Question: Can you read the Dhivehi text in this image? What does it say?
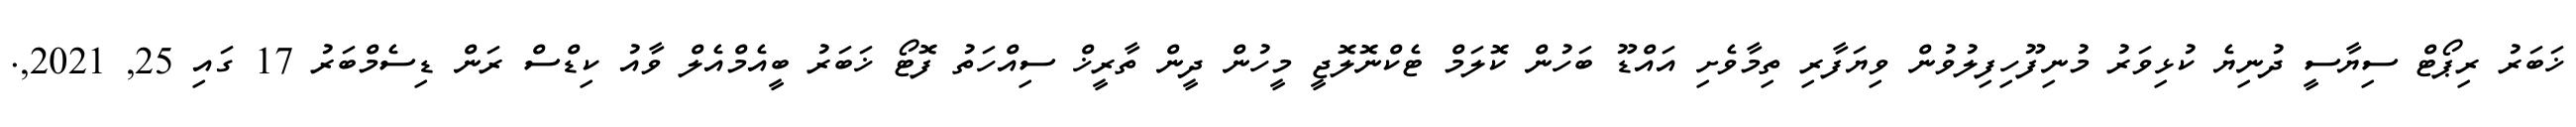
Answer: ޚަބަރު ރިޕޯޓް ސިޔާސީ ދުނިޔެ ކުޅިވަރު މުނިފޫހިފިލުވުން ވިޔަފާރި ތިމާވެށި އައްޑޫ ބަހުން ކޮލަމް ޓެކްނޮލޮޖީ މީހުން ދީން ތާރީޚް ސިއްހަތު ފޮޓޯ ޚަބަރު ބީއެމްއެލް ވާއު ކިޑްސް ރަން ޑިސެމްބަރު 17 ގައި 25, 2021,.